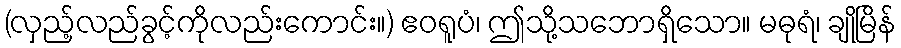
(လှည့်လည်ခွင့်ကိုလည်းကောင်း။) ဧဝရူပံ၊ ဤသို့သဘောရှိသော။ မဓုရံ၊ ချိုမြိန်